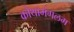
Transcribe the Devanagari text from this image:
कोथामंगलम